Problem: 3 × 7 = ?
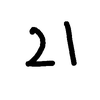
Handwritten answer: 21